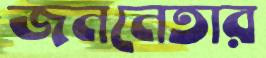
জননেতার